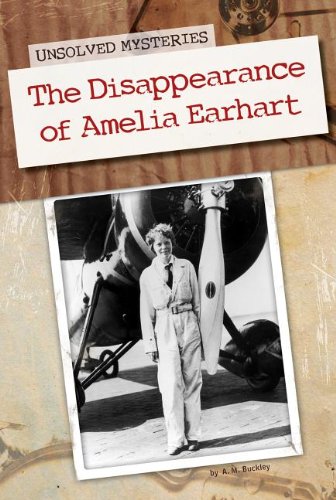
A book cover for The Disappearance of Amelia Earhart (Unsolved Mysteries (Abdo)); A. M. Buckley; Teen & Young Adult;